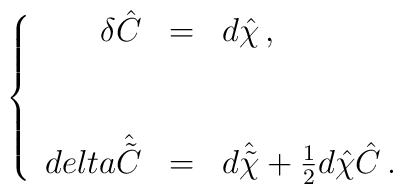
\left\{\begin{array}{rcl}\delta\hat{C} & = & d\hat{\chi}\, ,\\& & \\\\delta\hat{\tilde{C}} & = & d\hat{\tilde{\chi}} +\frac{1}{2}d\hat{\chi}\hat{C}\, .\\\end{array}\right.